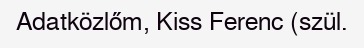
Adatközlőm, Kiss Ferenc (szül.